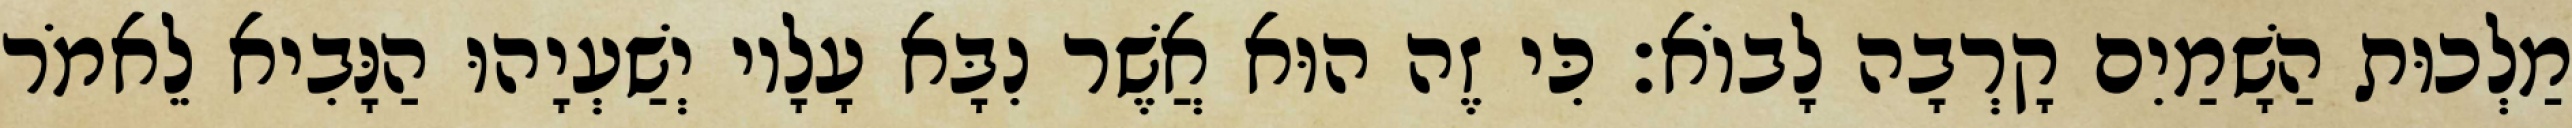
מַלְכוּת הַשָׁמַיִם קָרְבָה לָבוֹא׃ כִּי זֶה הוּא אֲשֶׁר נִבָּא עָלָיו יְשַׁעְיָהוּ הַנָּבִיא לֵאמֹר